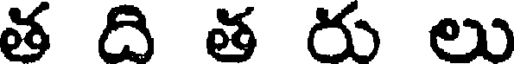
త ది త రు లు